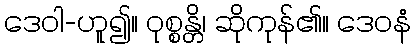
ဒေဝါ-ဟူ၍။ ဝုစ္စန္တိ၊ ဆိုကုန်၏။ ဒေဝနံ